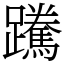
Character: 䠮